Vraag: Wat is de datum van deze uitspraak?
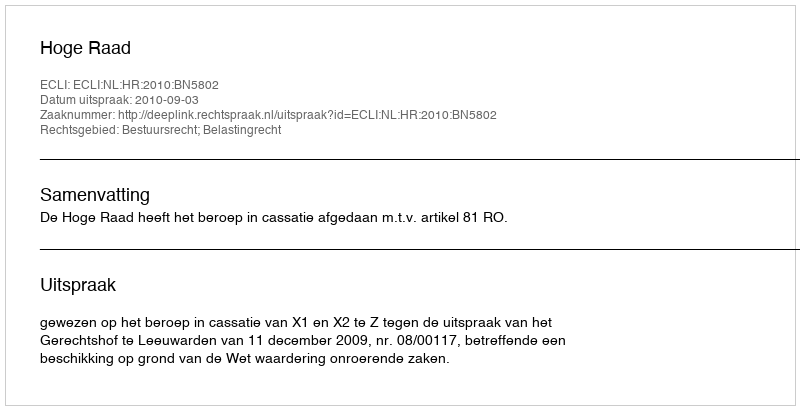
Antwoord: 2010-09-03